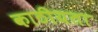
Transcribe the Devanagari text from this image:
काठीयता